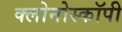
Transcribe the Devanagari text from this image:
क्लोनोस्कॉपी